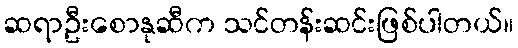
ဆရာဦးစောနုဆီက သင်တန်းဆင်းဖြစ်ပါတယ်။